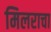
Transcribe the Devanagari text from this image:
मिलराचा